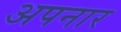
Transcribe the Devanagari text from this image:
अपनार